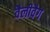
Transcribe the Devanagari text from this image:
वैलीवैग